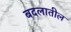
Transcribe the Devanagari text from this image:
बदलातील